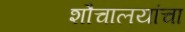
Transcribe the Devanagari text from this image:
शौचालयांचा